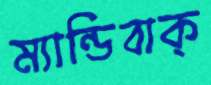
ম্যান্ডিবাক্